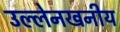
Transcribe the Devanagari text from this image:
उल्लेनखनीय